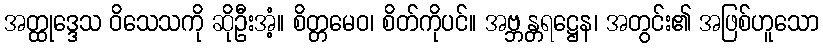
အတ္ထုဒ္ဒေသ ဝိသေသကို ဆိုဦးအံ့။ စိတ္တမေဝ၊ စိတ်ကိုပင်။ အဗ္ဘန္တရဋ္ဌေန၊ အတွင်း၏ အဖြစ်ဟူသော